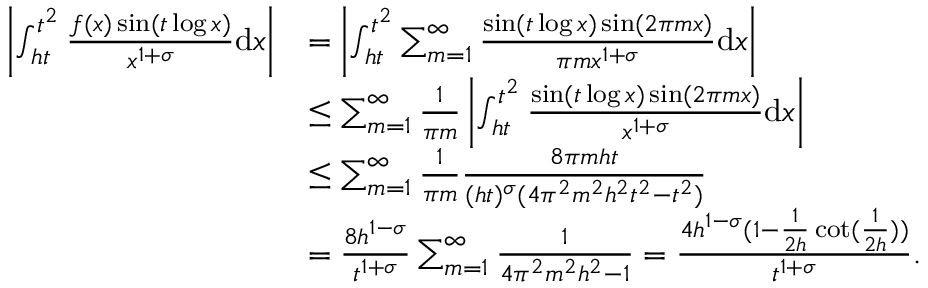
\begin{array} { r l } { \left| \int _ { h t } ^ { t ^ { 2 } } \frac { f ( x ) \sin ( t \log x ) } { x ^ { 1 + \sigma } } \mathrm { d } x \right| } & { = \left| \int _ { h t } ^ { t ^ { 2 } } \sum _ { m = 1 } ^ { \infty } \frac { \sin ( t \log x ) \sin ( 2 \pi m x ) } { \pi m x ^ { 1 + \sigma } } \mathrm { d } x \right| } \\ & { \le \sum _ { m = 1 } ^ { \infty } \frac { 1 } { \pi m } \left| \int _ { h t } ^ { t ^ { 2 } } \frac { \sin ( t \log x ) \sin ( 2 \pi m x ) } { x ^ { 1 + \sigma } } \mathrm { d } x \right| } \\ & { \le \sum _ { m = 1 } ^ { \infty } \frac { 1 } { \pi m } \frac { 8 \pi m h t } { ( h t ) ^ { \sigma } ( 4 \pi ^ { 2 } m ^ { 2 } h ^ { 2 } t ^ { 2 } - t ^ { 2 } ) } } \\ & { = \frac { 8 h ^ { 1 - \sigma } } { t ^ { 1 + \sigma } } \sum _ { m = 1 } ^ { \infty } \frac { 1 } { 4 \pi ^ { 2 } m ^ { 2 } h ^ { 2 } - 1 } = \frac { 4 h ^ { 1 - \sigma } ( 1 - \frac { 1 } { 2 h } \cot ( \frac { 1 } { 2 h } ) ) } { t ^ { 1 + \sigma } } . } \end{array}